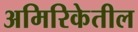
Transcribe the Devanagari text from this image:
अमिरिकेतील